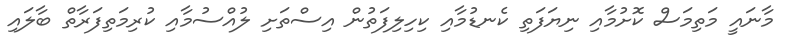
މާނައީ މަތިމަސް ކޮށުމާއި ނިޔަފަތި ކެނޑުމާއި ކިހިލިފަތުން އިސްތަށި ލުއްސުމާއި ކުރިމަތިފަރާތް ބާލައި